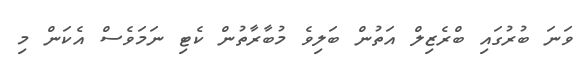
ވަނަ ބުރުގައި ބްރެޒިލް އަތުން ބަލިވެ މުބާރާތުން ކެޓި ނަމަވެސް އެކަން މި